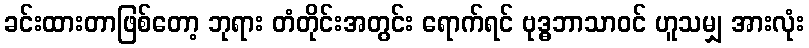
ခင်းထားတာဖြစ်တော့ ဘုရား တံတိုင်းအတွင်း ရောက်ရင် ဗုဒ္ဓဘာသာဝင် ဟူသမျှ အားလုံး